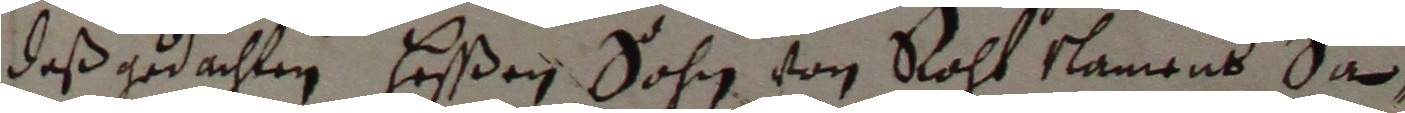
deß gedachten heßßen sohn von raht nammens son